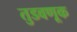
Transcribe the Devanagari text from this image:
तुडवणूक